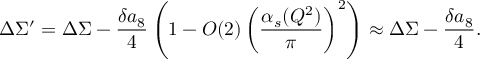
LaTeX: \Delta \Sigma ^ { \prime } = \Delta \Sigma - \frac { \delta a _ { 8 } } { 4 } \left( 1 - { \cal O } ( 2 ) \left( \frac { \alpha _ { s } ( Q ^ { 2 } ) } { \pi } \right) ^ { 2 } \right) \approx \Delta \Sigma - \frac { \delta a _ { 8 } } { 4 } .